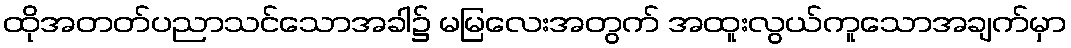
ထိုအတတ်ပညာသင်သောအခါ၌ မမြလေးအတွက် အထူးလွယ်ကူသောအချက်မှာ